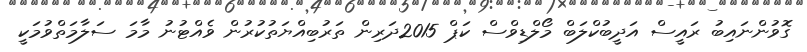
ގޮވުންނައިބު ރައީސް އަދީބުކްލަބް މޯލްޑިވްސް ކަޕް 2015ދަރިން ތަރުބިއްޔަތުކުރުން ވެއްޓުނު މާމަ ސަލާމަތްވުމަކީ